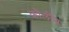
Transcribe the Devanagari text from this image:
कौर्लीन